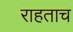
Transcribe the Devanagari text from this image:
राहताच